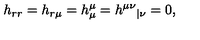
h _ { r r } = h _ { r \mu } = h _ { \mu } ^ { \mu } = h ^ { \mu \nu } { } _ { | \nu } = 0 ,